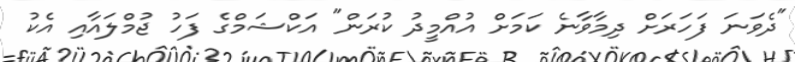
"ދެވަނަ ފަހަރަށް ދިމާވާނެ ކަމަށް އުއްމީދު ކުރަން" އަކްޝަމްގެ ފަހު ޖުމްލައާއި އެކު